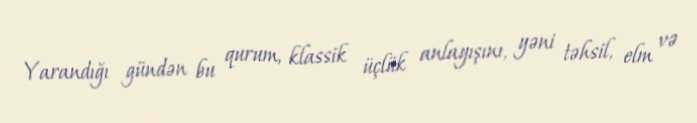
Yarandığı gündən bu qurum, klassik üçlük anlayışını, yəni təhsil, elm və